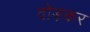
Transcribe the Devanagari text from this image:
दोड़कर